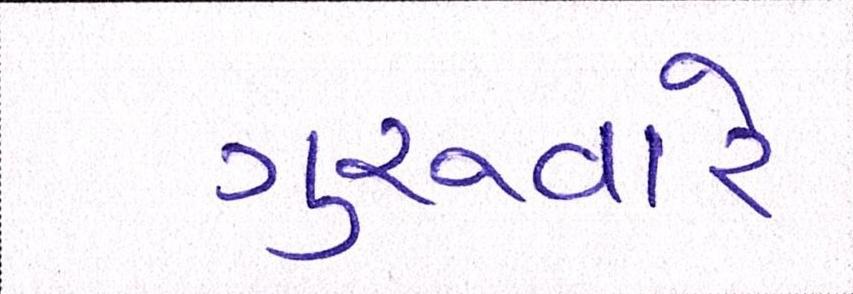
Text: ગુરુવારે